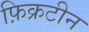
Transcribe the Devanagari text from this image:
फ़िक्रटीन